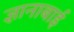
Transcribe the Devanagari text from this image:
ज्ञानाबाई